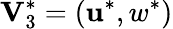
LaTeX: \mathbf{V}_{3}^{*}=(\mathbf{u}^{*},w^{*})